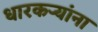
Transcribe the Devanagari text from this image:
धारकर्‍यांना